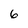
Character: 6